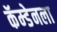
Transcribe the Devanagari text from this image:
कॅम्डेनला